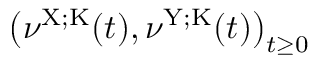
\left( \nu ^ { \mathrm { X } ; \mathrm { K } } ( t ) , \nu ^ { \mathrm { Y } ; \mathrm { K } } ( t ) \right) _ { t \geq 0 }